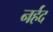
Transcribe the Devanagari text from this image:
नर्हद